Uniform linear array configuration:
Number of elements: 24
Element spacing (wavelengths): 0.25
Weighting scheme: blackman
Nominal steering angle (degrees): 60
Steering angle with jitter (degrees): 60.846
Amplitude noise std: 0.05
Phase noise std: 0.05

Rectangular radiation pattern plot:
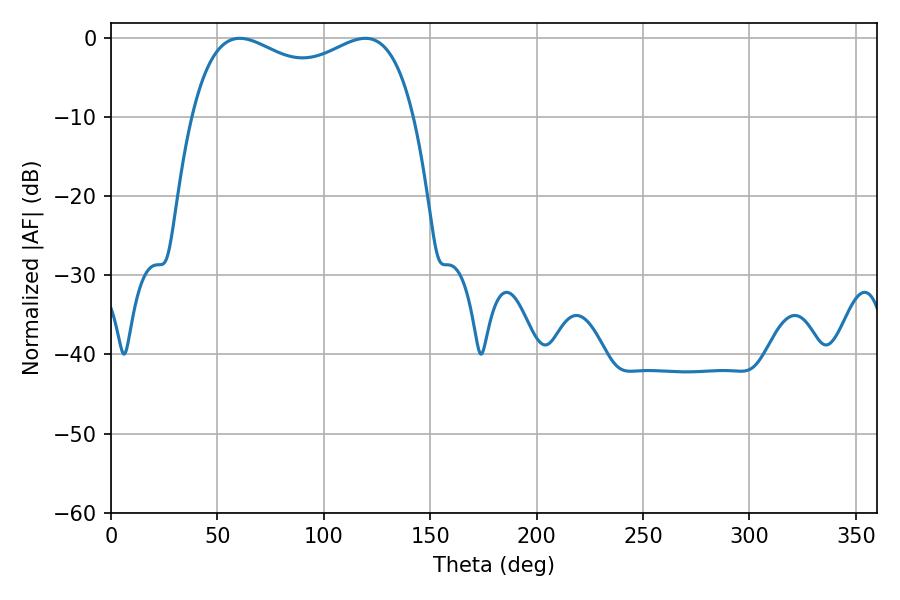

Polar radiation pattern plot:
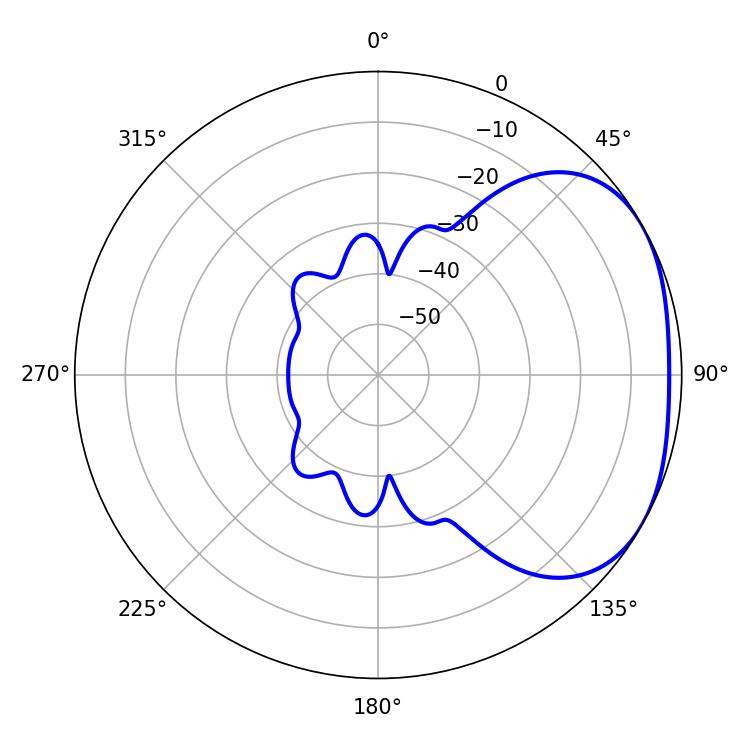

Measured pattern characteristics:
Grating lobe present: FALSE
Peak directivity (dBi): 2.499
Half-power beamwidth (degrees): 86.4
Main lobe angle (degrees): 60.48